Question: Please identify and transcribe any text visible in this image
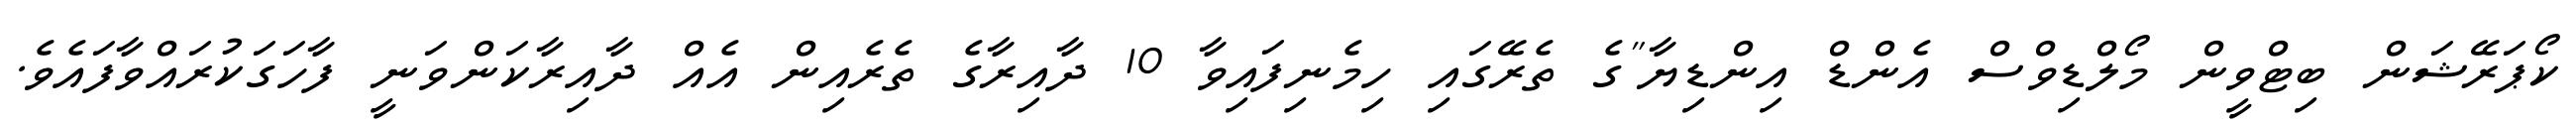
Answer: ކޯޕަރޭޝަން ބިޓްވީން މޯލްޑިވްސް އެންޑް އިންޑިޔާ"ގެ ތެރޭގައި ހިމެނިފައިވާ 10 ދާއިރާގެ ތެރެއިން އެއް ދާއިރާކަންވަނީ ފާހަގަކުރައްވާފައެވެ.